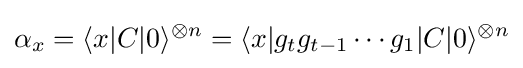
\alpha _{x}=\langle x|C|0\rangle ^{\otimes n}=\langle x|g_{t}g_{t-1}\cdots g_{1}|C|0\rangle ^{\otimes n}